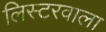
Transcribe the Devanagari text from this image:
लिस्टरवाला